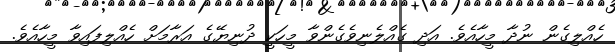
ހެއްލިގެން ނުދާ މީހާއެވެ. އަދި ގެއްލެނިވެގެންވާ މީހަކީ ދުނިޔޭގެ އަރާމަށް ހެއްލިފައިވާ މީހާއެވެ.